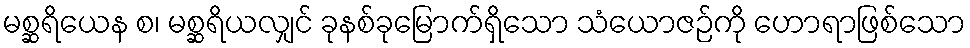
မစ္ဆရိယေန စ၊ မစ္ဆရိယလျှင် ခုနစ်ခုမြောက်ရှိသော သံယောဇဉ်ကို ဟောရာဖြစ်သော